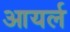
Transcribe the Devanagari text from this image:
आयर्ल